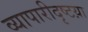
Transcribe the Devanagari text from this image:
व्यापारीदृष्टय़ा